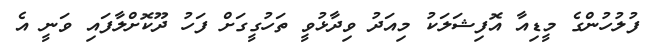
ފުލުހުންގެ މީޑިއާ އޮފިޝަލަކު މިއަދު ވިދާޅުވީ ތަހުގީގަށް ފަހު ދޫކޮށްލާފައި ވަނީ އެ